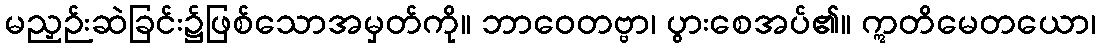
မညှဉ်းဆဲခြင်း၌ဖြစ်သောအမှတ်ကို။ ဘာဝေတဗ္ဗာ၊ ပွားစေအပ်၏။ ဣတိမေတယော၊